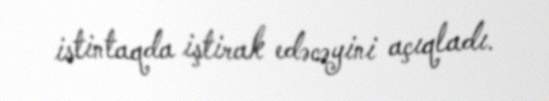
istintaqda iştirak edəcəyini açıqladı.